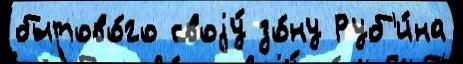
бытово́го своjу́ зо́ну Руб'и́на